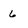
Character: 6